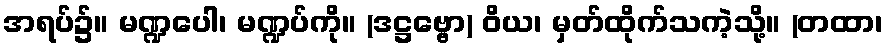
အရပ်၌။ မဏ္ဍပေါ၊ မဏ္ဍပ်ကို။ (ဒဋ္ဌဗ္ဗော) ဝိယ၊ မှတ်ထိုက်သကဲ့သို့။ (တထာ၊